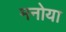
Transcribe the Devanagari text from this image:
मनोया